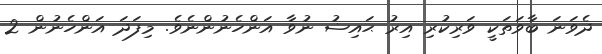
ދެވަނަ ބާވަތަކީ ވަރިކުރި އިރު ޙައިޟު ނުވާ އަންހެނުންނެވެ. މިފަދަ އަންހެނުން 2